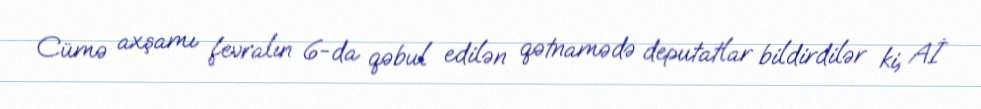
Cümə axşamı fevralın 6-da qəbul edilən qətnamədə deputatlar bildirdilər ki, Aİ